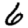
Digit: 6